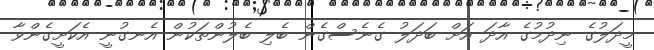
މީދަލުގެ ނިދުމުގެ އާދަ އަށް ބަދަލު ގެނެސްގެން ބެލި ބެލުންތަކުން އެނގުނީ އެކަށީގެންވާ